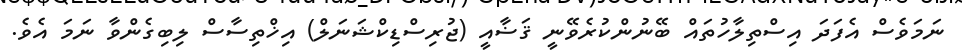
ނަމަވެސް އެފަދަ އިސްތިލާހުތައް ބޭނުންކުރެވޭނީ ޤަޟާއީ (ޖުރިސްޑިކްޝަނަލް) އިޚްތިސާސް ލިބިގެންވާ ނަމަ އެވެ.